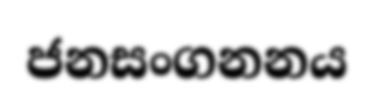
ජනසංගනනය